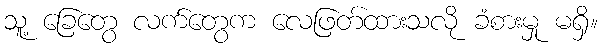
သူ့ ခြေတွေ လက်တွေက လေဖြတ်ထားသလို ခံစားမှု မရှိ။